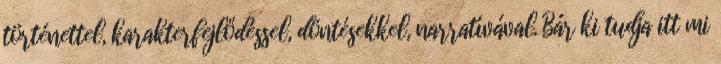
történettel, karakterfejlődéssel, döntésekkel, narratívával. Bár ki tudja itt mi